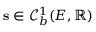
\mathbf { s } \in \mathcal { C } _ { b } ^ { 1 } ( E , \mathbb { R } )